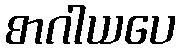
စာဂါယပေ